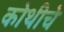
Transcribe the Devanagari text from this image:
कोथीचे